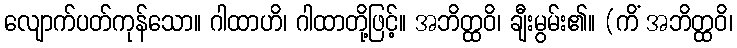
လျောက်ပတ်ကုန်သော။ ဂါထာဟိ၊ ဂါထာတို့ဖြင့်။ အဘိတ္ထဝိ၊ ချီးမွမ်း၏။ (ကိံ အဘိတ္ထဝိ၊